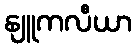
နျူကလီယာ